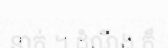
នាក់ ។ ដំណឹង ក៏